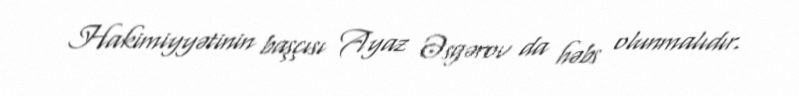
Hakimiyyətinin başçısı Ayaz Əsgərov da həbs olunmalıdır.